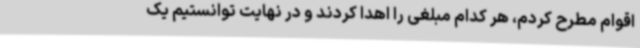
اقوام مطرح کردم، هر کدام مبلغی را اهدا کردند و در نهایت توانستیم یک